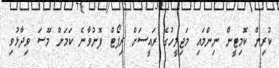
ކުރިން ކޮމިޓީން ނިންމައި މަޖިލީހުގެ ރައީސަށް ރިޕޯޓް ފޮނުވާނެ ކަމަށް މޫސަ ވިދާޅުވި